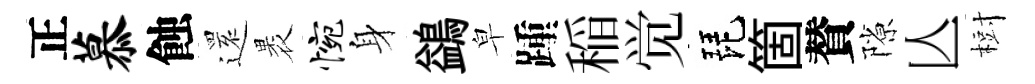
正慕蝕𮟃褁惋身鷁皁踵稲觉琵箇賛隙亾𣗳